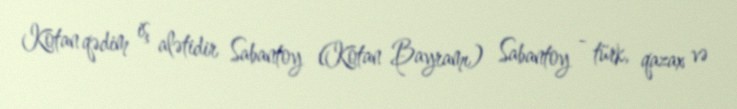
Kotan qədim iş alətidir Sabantoy (Kotan Bayramı) Sabantoy - türk, qazax və